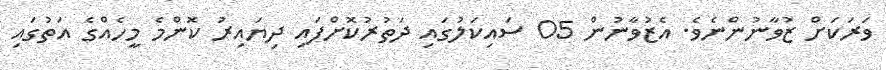
ވަރަކަށް ޒުވާނުންނެވެ. އެޒުވާނުން 05 ސައިކަލުގައި ދަތުރުކޮށްފައި ދިޔައިރު ކޮންމެ މީހެއްގެ އަތުގައި